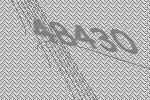
48430